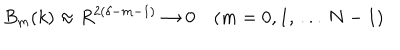
LaTeX: B _ { m } ( k ) \approx R ^ { 2 ( \delta - m - 1 ) } \to 0 \quad ( m = 0 , 1 , \, . . . \, N - 1 )